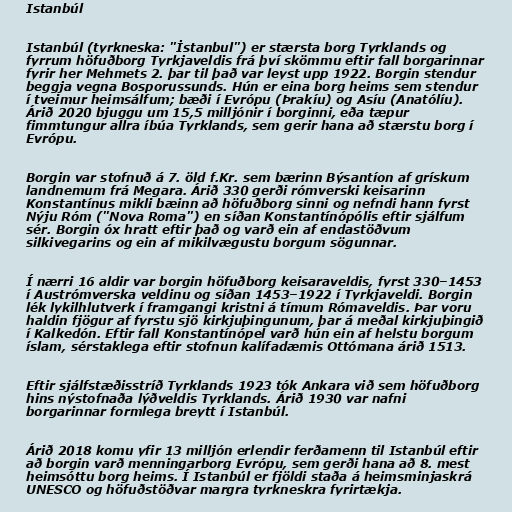
Istanbúl

Istanbúl (tyrkneska: "İstanbul") er stærsta borg Tyrklands og
fyrrum höfuðborg Tyrkjaveldis frá því skömmu eftir fall borgarinnar
fyrir her Mehmets 2. þar til það var leyst upp 1922. Borgin stendur
beggja vegna Bosporussunds. Hún er eina borg heims sem stendur
í tveimur heimsálfum; bæði í Evrópu (Þrakíu) og Asíu (Anatólíu).
Árið 2020 bjuggu um 15,5 milljónir í borginni, eða tæpur
fimmtungur allra íbúa Tyrklands, sem gerir hana að stærstu borg í
Evrópu.

Borgin var stofnuð á 7. öld f.Kr. sem bærinn Býsantíon af grískum
landnemum frá Megara. Árið 330 gerði rómverski keisarinn
Konstantínus mikli bæinn að höfuðborg sinni og nefndi hann fyrst
Nýju Róm ("Nova Roma") en síðan Konstantínópólis eftir sjálfum
sér. Borgin óx hratt eftir það og varð ein af endastöðvum
silkivegarins og ein af mikilvægustu borgum sögunnar.

Í nærri 16 aldir var borgin höfuðborg keisaraveldis, fyrst 330–1453
í Austrómverska veldinu og síðan 1453–1922 í Tyrkjaveldi. Borgin
lék lykilhlutverk í framgangi kristni á tímum Rómaveldis. Þar voru
haldin fjögur af fyrstu sjö kirkjuþingunum, þar á meðal kirkjuþingið
í Kalkedón. Eftir fall Konstantínópel varð hún ein af helstu borgum
íslam, sérstaklega eftir stofnun kalífadæmis Ottómana árið 1513.

Eftir sjálfstæðisstríð Tyrklands 1923 tók Ankara við sem höfuðborg
hins nýstofnaða lýðveldis Tyrklands. Árið 1930 var nafni
borgarinnar formlega breytt í Istanbúl.

Árið 2018 komu yfir 13 milljón erlendir ferðamenn til Istanbúl eftir
að borgin varð menningarborg Evrópu, sem gerði hana að 8. mest
heimsóttu borg heims. Í Istanbúl er fjöldi staða á heimsminjaskrá
UNESCO og höfuðstöðvar margra tyrkneskra fyrirtækja.